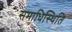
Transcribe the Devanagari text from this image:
समाधिस्थिति